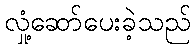
လှုံ့ဆော်ပေးခဲ့သည်